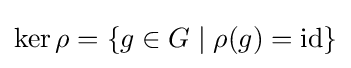
\ker \rho =\left\{g\in G\mid \rho (g)=\mathrm {id} \right\}